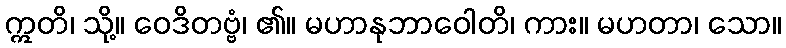
ဣတိ၊ သို့။ ဝေဒိတဗ္ဗံ၊ ၏။ မဟာနုဘာဝေါတိ၊ ကား။ မဟတာ၊ သော။